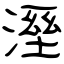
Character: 溼